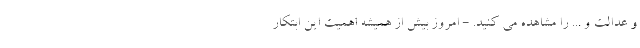
و عدالت و ... را مشاهده می کنید. - امروز بیش از همیشه اهمیت این ابتکار